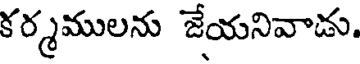
కర్మములను జేయనివాడు.